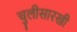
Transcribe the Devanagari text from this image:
चुलीसारखी